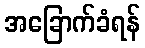
အခြောက်ခံရန်